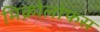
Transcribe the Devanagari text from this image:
मिक्रोलोफस